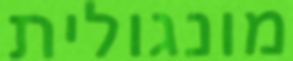
מונגולית